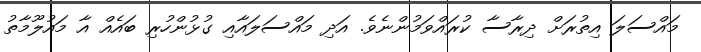
މައްސަލަ އިތުރަށް ދިރާސާ ކުރައްވަމުންނެވެ. އަދި މައްސަލައާއި ގުޅުންހުރި ބައެއް އާ މައުލޫމާތު